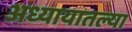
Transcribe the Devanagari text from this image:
अध्यायातल्या